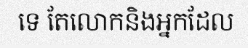
ទេ តែលោកនិងអ្នកដែល